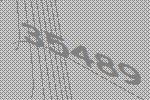
35489